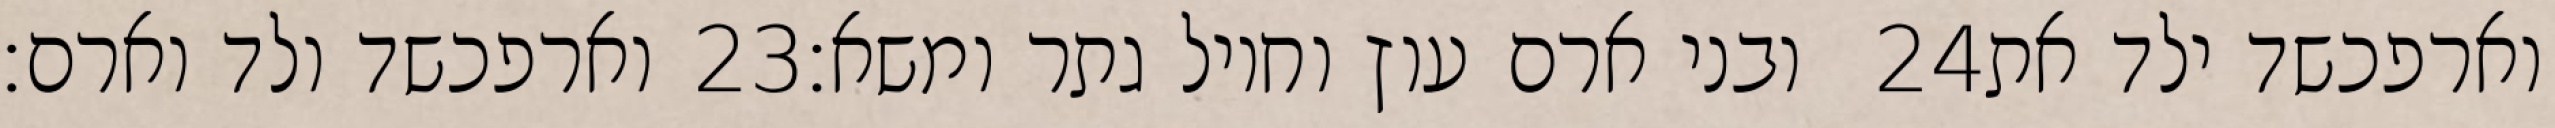
וארפכשד ולד וארם׃ ‎23‏ ובני ארם עוץ וחויל גתר ומשא׃ ‎24‏ וארפכשד ילד את